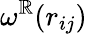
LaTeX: \omega^{\mathbb{R}}(r_{ij})